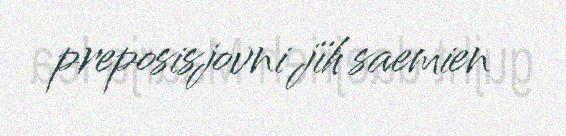
preposisjovni jïh saemien